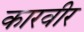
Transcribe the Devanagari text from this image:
कारवीर